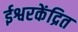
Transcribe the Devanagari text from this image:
ईश्वरकेंद्रित